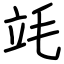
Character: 竓